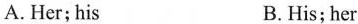
A.Her;his B.His;her